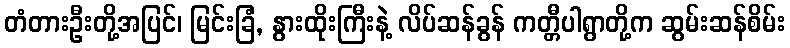
တံတားဦးတို့အပြင်၊ မြင်းခြံ, နွားထိုးကြီးနဲ့ လိပ်ဆန်ခွန် ကတ္တီပါရွာတို့က ဆွမ်းဆန်စိမ်း